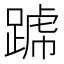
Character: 𨂶